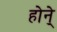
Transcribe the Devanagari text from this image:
होने्